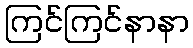
ကြင်ကြင်နာနာ